Annual report on the Civil Veterinary Department, Burma (including the Insein Veterinary School) - 1932-1941
Year: 1932
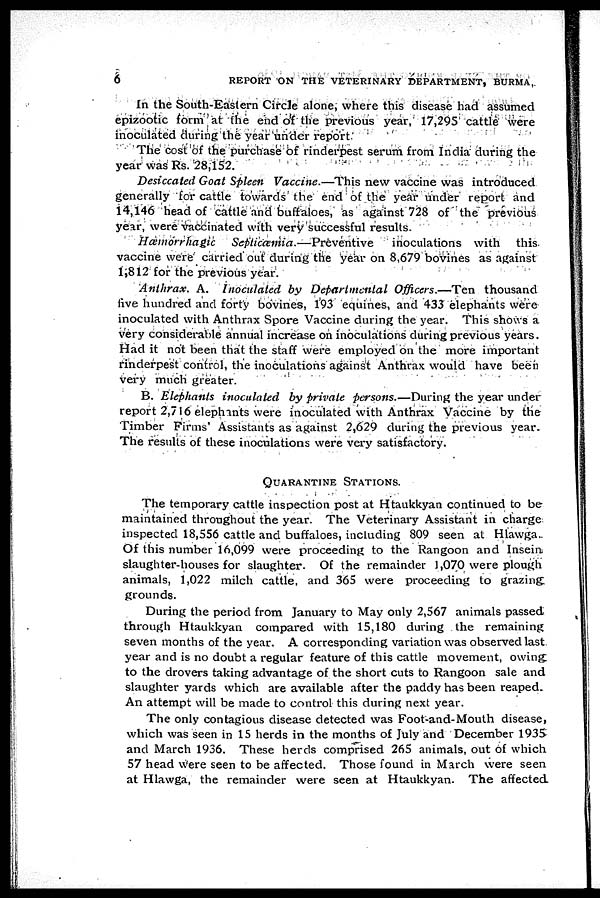
6
REPORT ON THE VETERINARY DEPARTMENT, BURMA,
In the South-Eastern Circle alone, where this disease had assumed
epizootic form at the end of the previous year, 17,295 cattle were
inoculated during the year under report
The cost of the purchase of rinderpest serum from India during the
year was Rs. 28,152.
Desiccated Goat Spleen Vaccine.—This new vaccine was introduced
generally for cattle towards the end of the year under report and
14,146 head of cattle and buffaloes, as against 728 of the previous
year, were vaccinated with very successful results.
Hæmorrhagic
Septicæmia.—Preventive
inoculations with this
vaccine were carried out during the year on 8,679 bovines as against
1,812 for the previous year.
Anthrax. A. Inoculated by Departmental Officers.—Ten thousand
live hundred and forty bovines, 193 equines, and 433 elephants were
inoculated with Anthrax Spore Vaccine during the year. This shows a
very considerable annual increase on inoculations during previous years.
Had it not been that the staff were employed on the more important
rinderpest control, the inoculations against Anthrax would have been
very much greater.
B. Elephants inoculated by private persons.—During the year under
report 2,716 elephants were inoculated with Anthrax Vaccine by the
Timber Firms Assistants as against 2,629 during the previous year.
The results of these inoculations were very satisfactory.
QUARANTINE STATIONS.
The temporary cattle inspection post at Htaukkyan continued to be
maintained throughout the year. The Veterinary Assistant in charge
inspected 18,556 cattle and buffaloes, including 809 seen at Hlawga.
Of this number 16,099 were proceeding to the Rangoon and Insein
slaughter-houses for slaughter. Of the remainder 1,070 were plough
animals, 1,022 milch cattle, and 365 were proceeding to grazing
grounds.
During the period from January to May only 2,567 animals passed
through Htaukkyan compared with 15,180 during the remaining
seven months of the year. A corresponding variation was observed last
year and is no doubt a regular feature of this cattle movement, owing
to the drovers taking advantage of the short cuts to Rangoon sale and
slaughter yards which are available after the paddy has been reaped.
An attempt will be made to control this during next year.
The only contagious disease detected was Foot-and-Mouth disease,
which was seen in 15 herds in the months of July and December 1935
and March 1936. These herds comprised 265 animals, out of which
57 head were seen to be affected. Those found in March were seen
at Hlawga, the remainder were seen at Htaukkyan. The affected